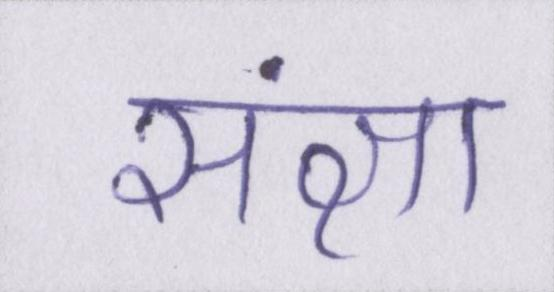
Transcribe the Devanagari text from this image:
संज्ञा